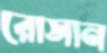
রোসান